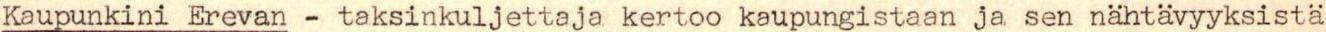
Kaupunkini Erevan - taksinkuljettaja kertoo kaupungistaan ja sen nähtävyyksistä